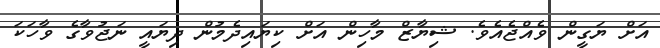
އަށް ޔަގީން ވެއްޖެއެވެ. ޝިޔާޒް މާހިން އަށް ކިޔައިދެމުން ދިޔައީ ނަޖުވާގެ ވާހަކަ